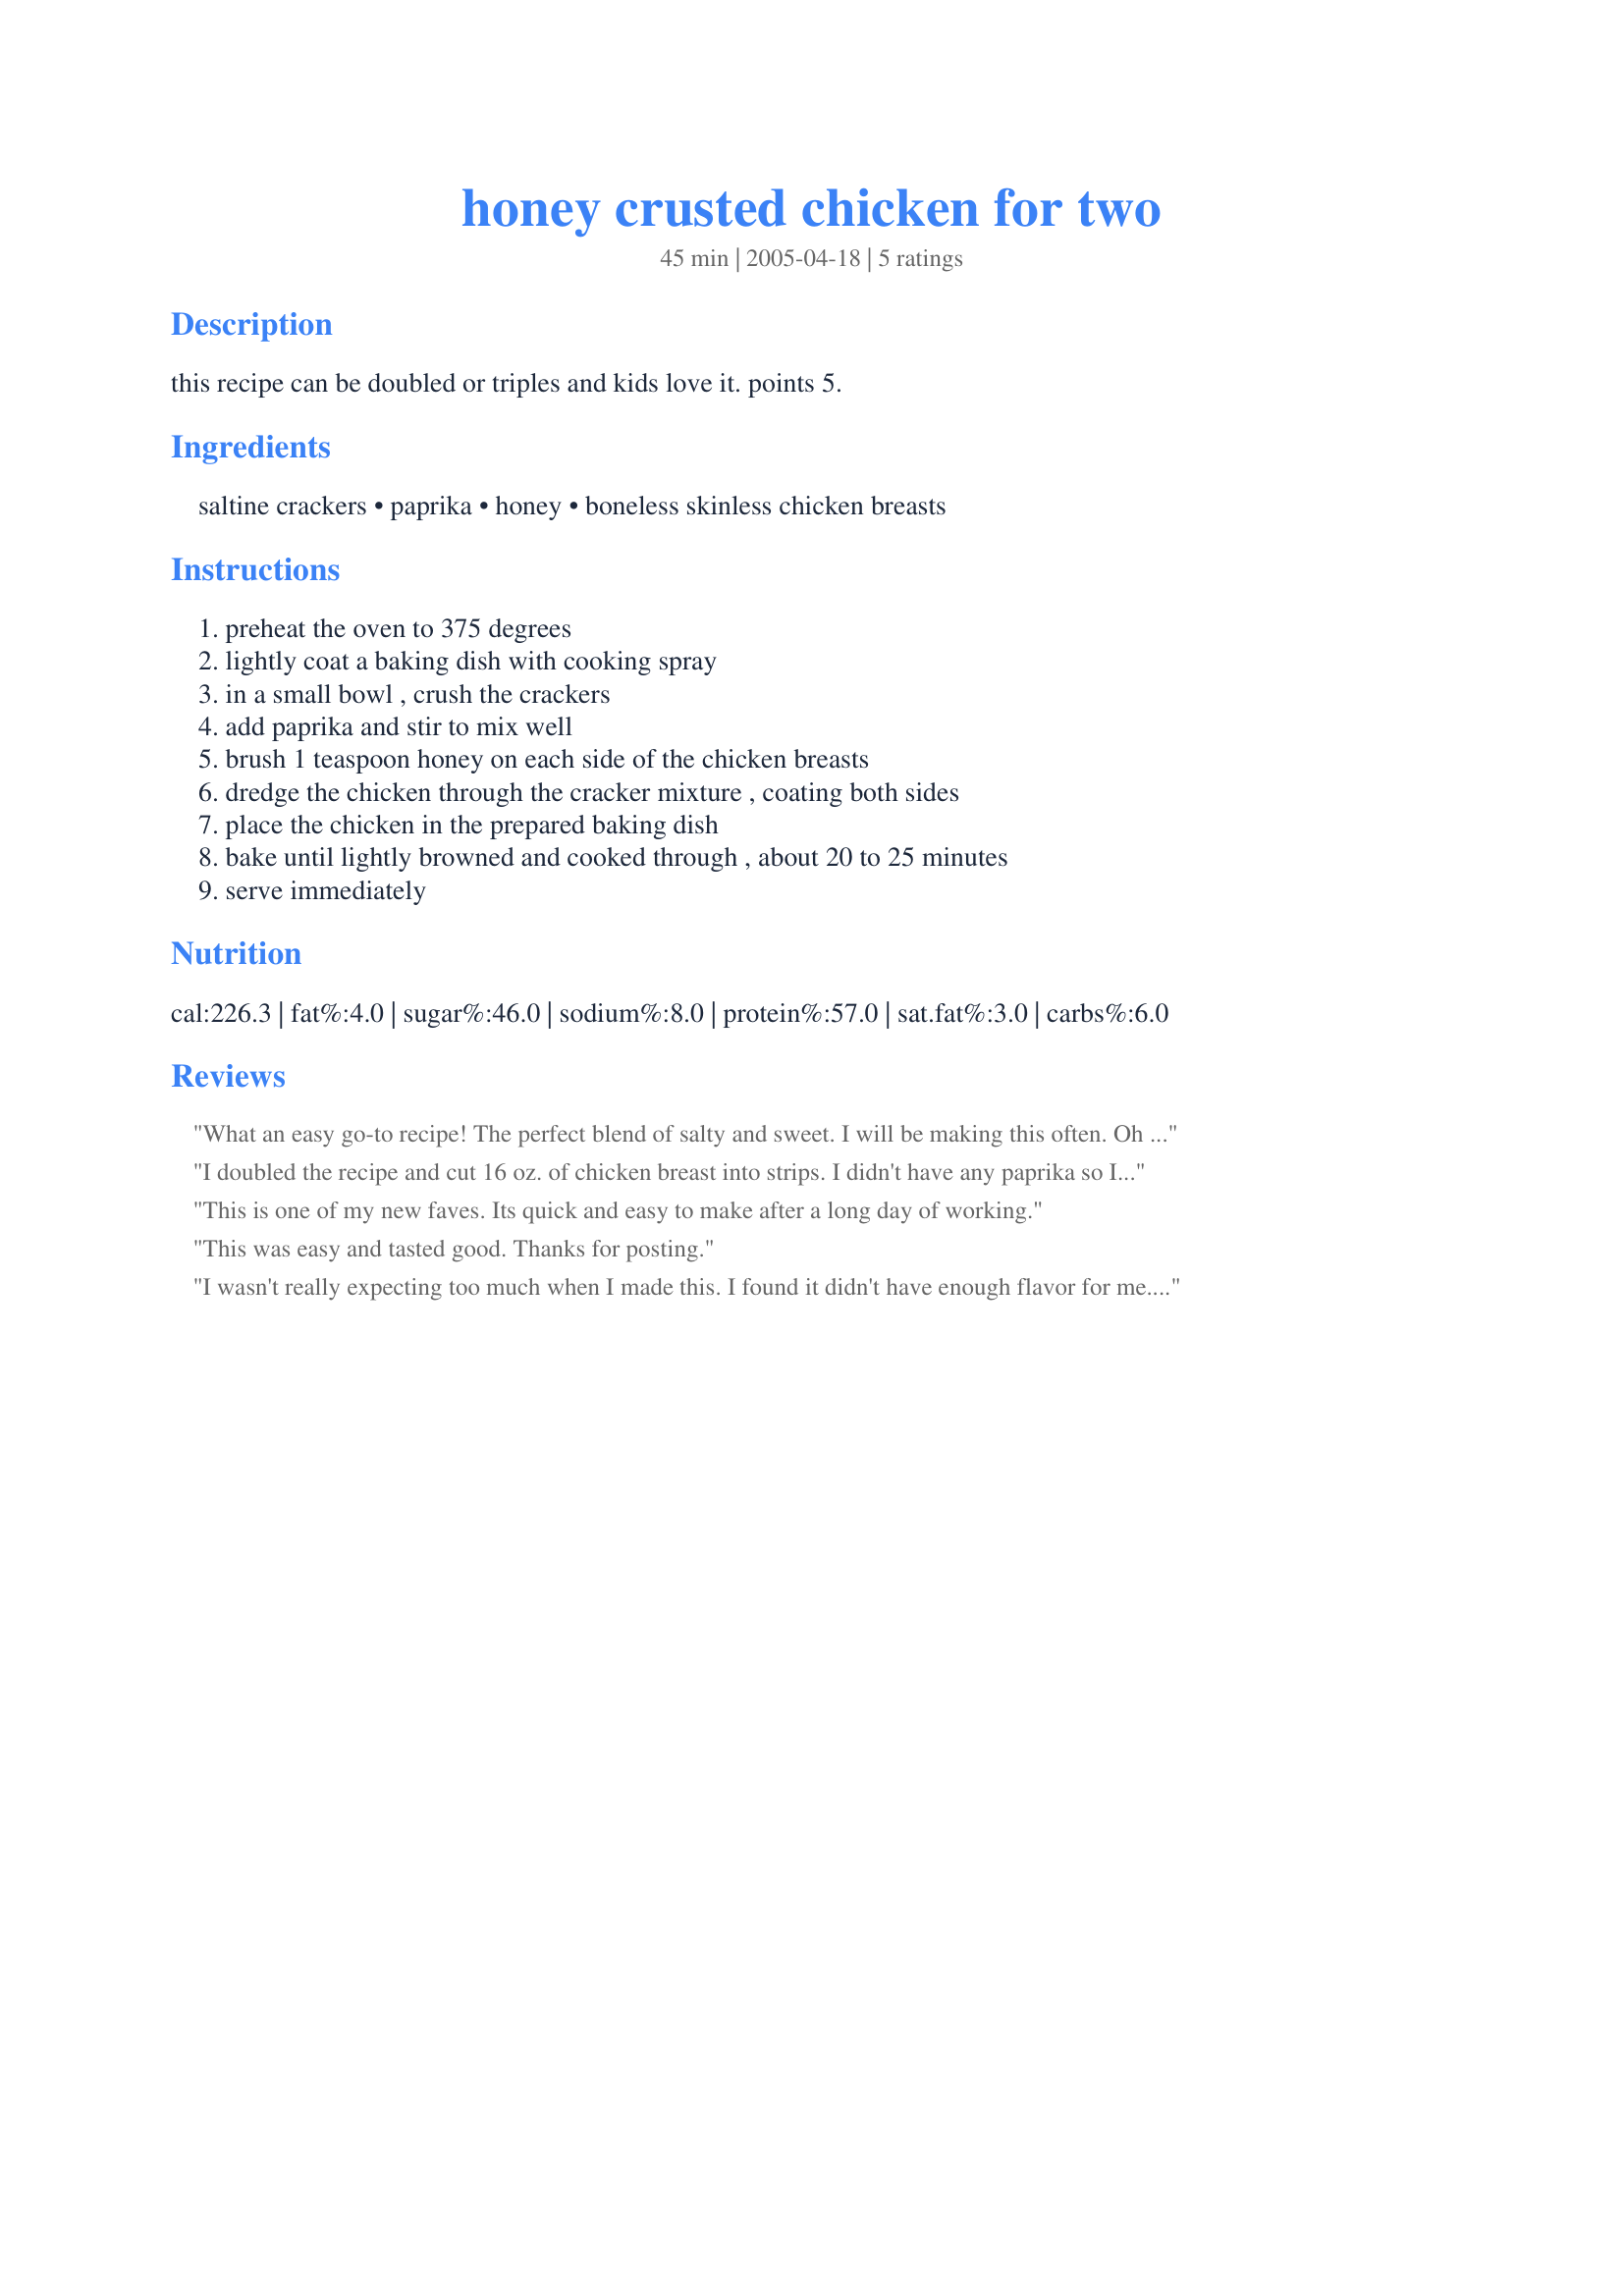
honey crusted chicken for two
Preparation time: 45 minutes

this recipe can be doubled or triples and kids love it.
points 5.

Ingredients:
saltine crackers, paprika, honey, boneless skinless chicken breasts

Steps:
preheat the oven to 375 degrees, lightly coat a baking dish with cooking spray, in a small bowl , crush the crackers, add paprika and stir to mix well, brush 1 teaspoon honey on each side of the chicken breasts, dredge the chicken through the cracker mixture , coating both sides, place the chicken in the prepared baking dish, bake until lightly browned and cooked through , about 20 to 25 minutes, serve immediately

Reviews:
What an easy go-to recipe! The perfect blend of salty and sweet. I will be making this often. Oh yeah, I used Ritz crackers instead of saltines (didn't have any on hand). Worked out great. Thanks for a great recipe!
I doubled the recipe and cut 16 oz. of chicken breast into strips. I didn't have any paprika so I used 1 tablespoon of black pepper instead of 2 tsp. paprika. It had quite a bit of a kick to it, but my family likes spicy things. It ended up baking for about 27 minutes and turned out fantastic, thanks for a such tasty and easy recipe!
This is one of my new faves. Its quick and easy to make after a long day of working.
This was easy and tasted good. Thanks for posting.
I wasn't really expecting too much when I made this. I found it didn't have enough flavor for me. I won't be making again but agree it would be good for kids!
